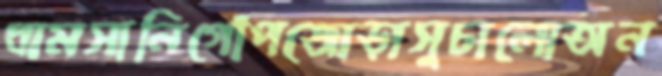
ধামসানিগোঁপজোড়াসুচালোঅন